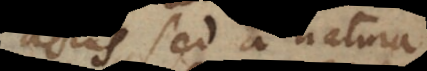
actus, sed a natura